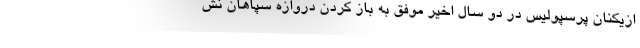
ازیکنان پرسپولیس در دو سال اخیر موفق به باز کردن دروازه سپاهان نش